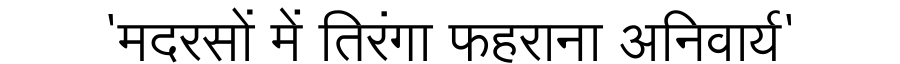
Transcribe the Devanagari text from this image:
'मदरसों में तिरंगा फहराना अनिवार्य'